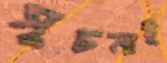
সূচনাই